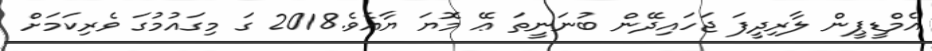
އެމްޑީޕީން ލާރިދީފަ ޖަހައިދޭން ބުނަނީތަ ޢޭ މޮޔަ ޔާއެވެ.2018 ގަ މިގައުމުގަ ވެރިކަމަށް